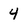
Character: 4